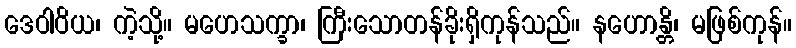
ဒေဝါဝိယ၊ ကဲ့သို့။ မဟေသက္ခာ၊ ကြီးသောတန်ခိုးရှိကုန်သည်။ နဟောန္တိ၊ မဖြစ်ကုန်။